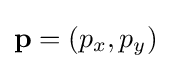
\mathbf {p} =(p_{x},p_{y})